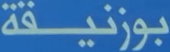
بوزنيقة